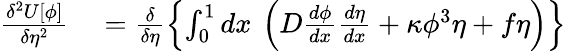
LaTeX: \begin{array}{rl}{\frac{\delta^{2}U[\phi]}{\delta\eta^{2}}}&{{}=\frac{\delta}{\delta\eta}\left\{ \int_{0}^{1}dx\: \left(D\frac{d\phi}{dx}\frac{d\eta}{dx}+\kappa\phi^{3}\eta+f\eta\right)\right\} }\end{array}